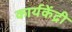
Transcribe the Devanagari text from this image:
कार्यकेंद्री